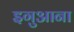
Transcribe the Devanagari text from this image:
इगुआना